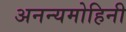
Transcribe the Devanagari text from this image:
अनन्यमोहिनी